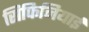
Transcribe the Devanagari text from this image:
सिफिनियाई